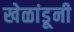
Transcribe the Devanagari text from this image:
खेळांडूनी